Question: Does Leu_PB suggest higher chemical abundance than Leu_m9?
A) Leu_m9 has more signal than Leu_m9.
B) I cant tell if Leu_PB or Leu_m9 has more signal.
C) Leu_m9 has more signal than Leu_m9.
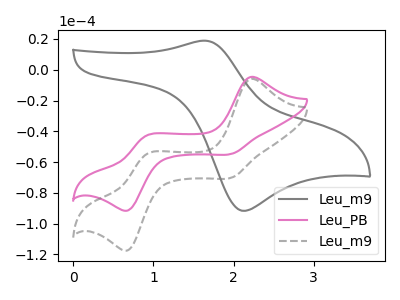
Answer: <think>The gray curve "Leu_m9" has an anodic peak at (1.65V, 18.90uA) and a cathodic peak at (2.10V, -91.65uA). The pink curve "Leu_PB" has anodic peaks at (2.20V, -4.60uA) (0.90V, -42.75uA) and cathodic peaks at (2.00V, -54.60uA) (0.70V, -91.30uA). The gray dashed curve "Leu_m9" has anodic peaks at (2.20V, -5.90uA) (0.90V, -54.80uA) and cathodic peaks at (2.00V, -70.05uA) (0.70V, -117.10uA).
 All the peaks in "Leu_PB" have a peak in "Leu_m9" at the same potential.</think>
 <answer>B) I cant tell if "Leu_PB" or "Leu_m9" has more signal.</answer>
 <eval>B</eval>